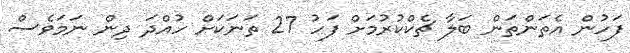
ފަހުން އެތަންތަން ބަލާ ޗެކްކުރުމަށް ފަހު 27 ތަނަކަށް ހުއްދަ ދިން ނަމަވެސް